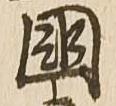
国